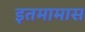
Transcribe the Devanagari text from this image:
इतमामास